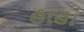
હાહા